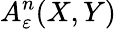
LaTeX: A_{\varepsilon}^{n}(X,Y)